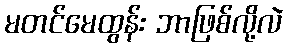
မတင်မေထွန်း ဘာဖြစ်လို့လဲ